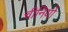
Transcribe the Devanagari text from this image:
चीनियाें